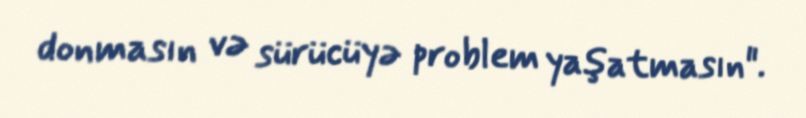
donmasın və sürücüyə problem yaşatmasın".